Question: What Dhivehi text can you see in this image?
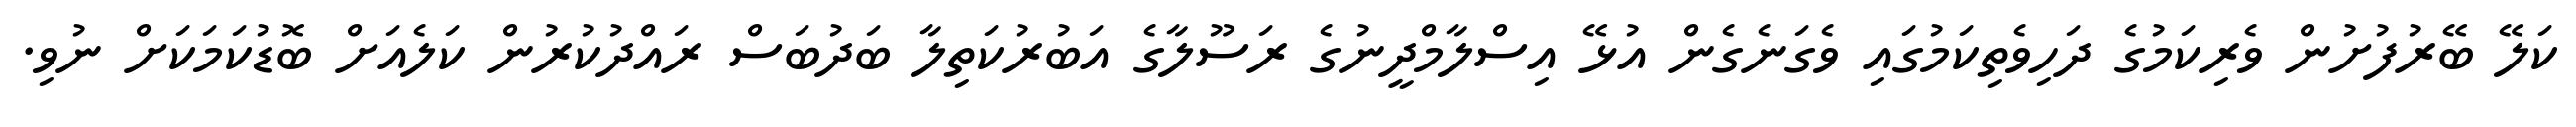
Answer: ކަލޭ ބޭރުފުށުން ވެރިކަމުގެ ދަހިވެތިކަމުގައި ވެގަނެގެން އުޅޭ އިސްލާމްދީނުގެ ރަސޫލާގެ އަބުރުކަތިލާ ބަދުބަސް ރައްދުކުރުން ކަލެއަށް ބޮޑުކަމަކަށް ނުވި.